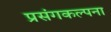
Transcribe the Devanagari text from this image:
प्रसंगकल्पना